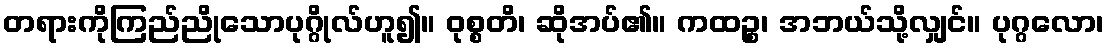
တရားကိုကြည်ညိုသောပုဂ္ဂိုလ်ဟူ၍။ ဝုစ္စတိ၊ ဆိုအပ်၏။ ကထဉ္စ၊ အဘယ်သို့လျှင်။ ပုဂ္ဂလော၊